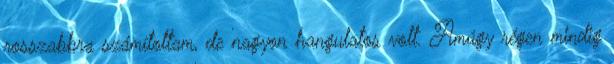
rosszabbra számítottam, de nagyon hangulatos volt. Amúgy régen mindig